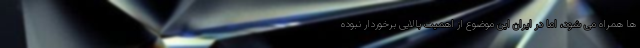
ها همراه می شود، اما در ایران این موضوع از اهمیت بالایی برخوردار نبوده